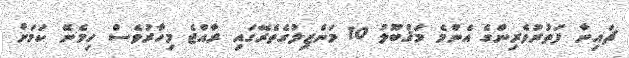
ޗައިނާ ފަތުރުވެރިންގެ އެންމެ މަޤްބޫލު 10 މަންޒިލުގެތެރޭގައި ރާއްޖެ މިހާރުވެސް ހިމެނޭ ކަމަށް